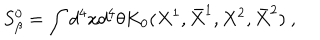
S _ { \beta } ^ { 0 } = \int d ^ { 4 } x d ^ { 4 } \theta K _ { 0 } ( X ^ { 1 } , \bar { X } ^ { 1 } , X ^ { 2 } , \bar { X } ^ { 2 } ) \ ,